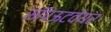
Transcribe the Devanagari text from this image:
सॉपऊटवेयर